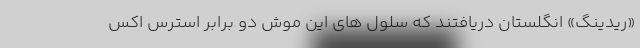
«ریدینگ» انگلستان دریافتند که سلول های این موش دو برابر استرس اکس